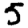
Digit: 5